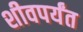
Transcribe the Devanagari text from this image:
शीवपर्यंत